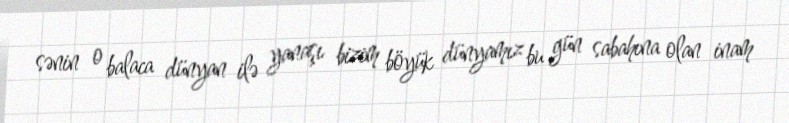
sənin o balaca dünyan ilə yanaşı bizim böyük dünyamız bu gün sabahına olan inam